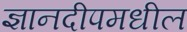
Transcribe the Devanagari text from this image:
ज्ञानदीपमधील